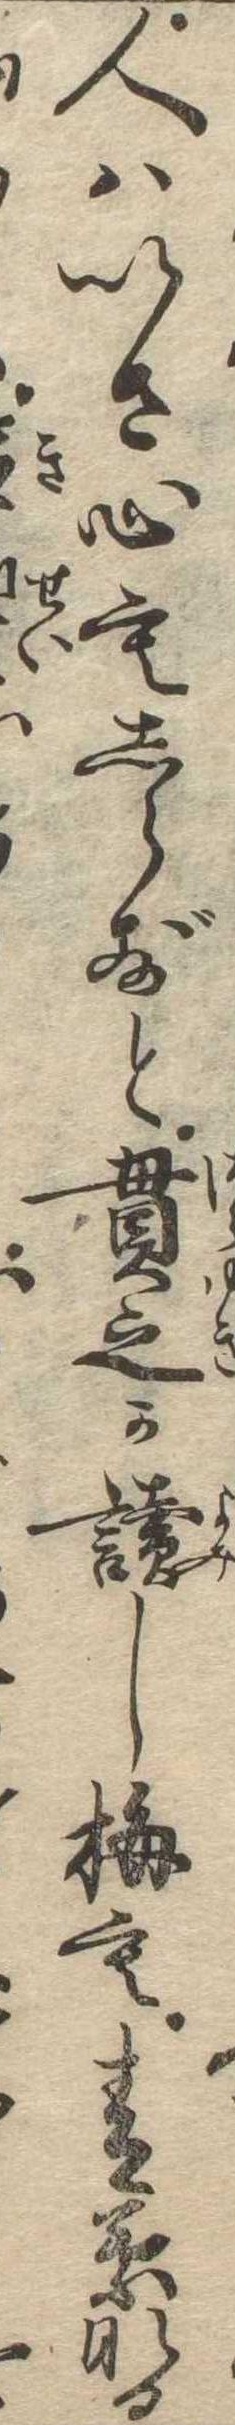
人はいさ心もしらずと貫之か読し梅も青葉なる